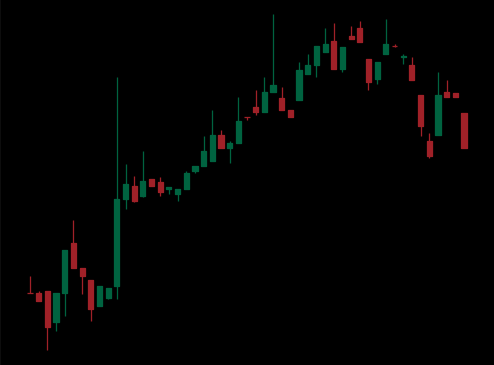
Pattern: bear_flag